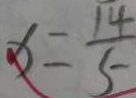
x = \frac { 1 4 } { 5 }